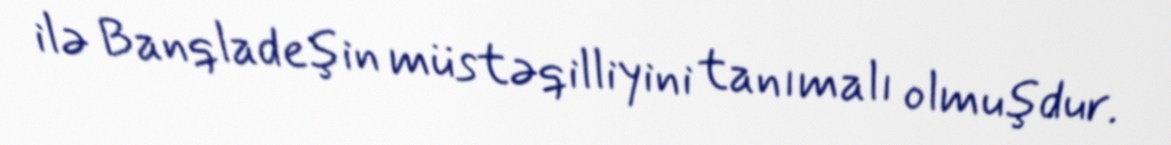
ilə Banqladeşin müstəqilliyini tanımalı olmuşdur.